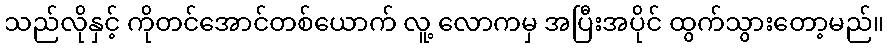
သည်လိုနှင့် ကိုတင်အောင်တစ်ယောက် လူ့ လောကမှ အပြီးအပိုင် ထွက်သွားတော့မည်။